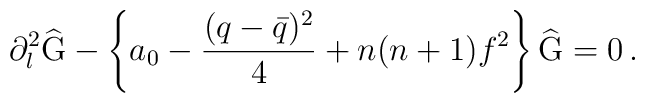
\partial_l^2\widehat{\mbox{G}}-\left\{a_0-\frac{(q-\bar{q})^2}{4}+n(n+1)f^2\right\}\widehat{\mbox{G}}=0\,.